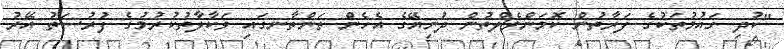
"ކުދި ގައުމުތަކުގެ ފަރާތުން ކޮމަންވެލްތުން ދުނިޔޭގެ އެހެން ތަންތާނގައި ވަކާލާތުކުރުމުގެ ފުރުސަތު އޭރު